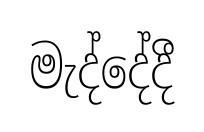
මැද්දේදී